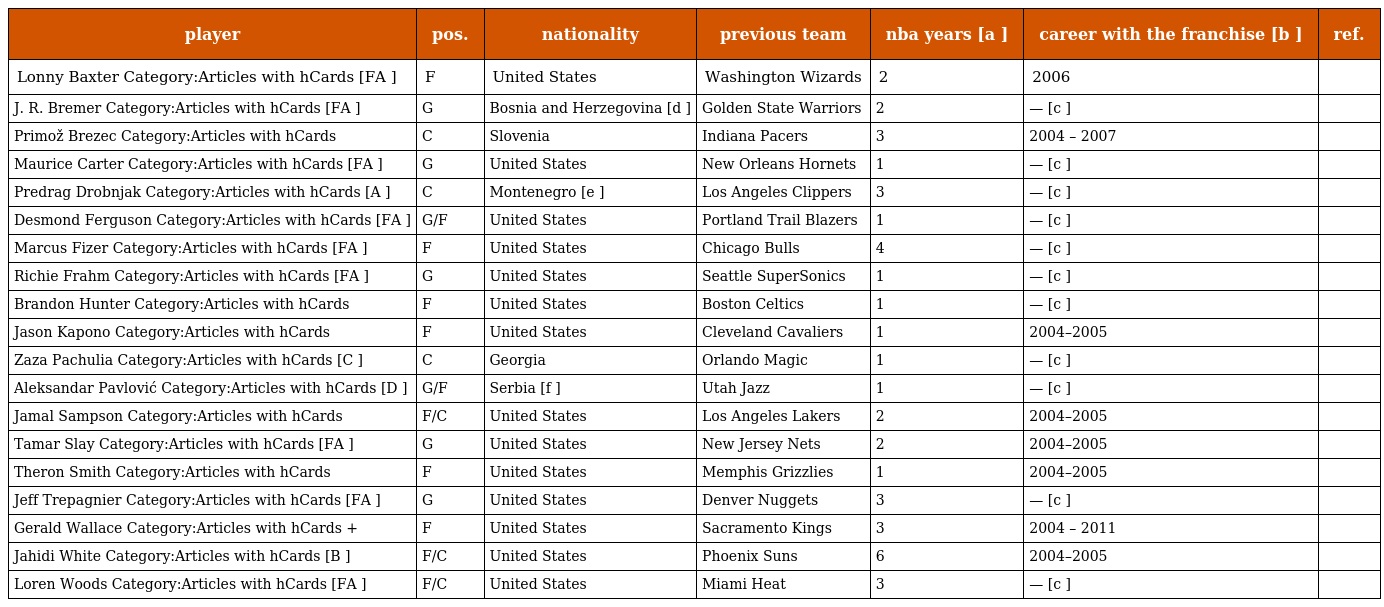
| player | pos. | nationality | previous team | nba years [a ] | career with the franchise [b ] | ref. |
 | --- | --- | --- | --- | --- | --- | --- |
 | Lonny Baxter Category:Articles with hCards [FA ] | F | United States | Washington Wizards | 2 | 2006 |  |
 | J. R. Bremer Category:Articles with hCards [FA ] | G | Bosnia and Herzegovina [d ] | Golden State Warriors | 2 | — [c ] |  |
 | Primož Brezec Category:Articles with hCards | C | Slovenia | Indiana Pacers | 3 | 2004 – 2007 |  |
 | Maurice Carter Category:Articles with hCards [FA ] | G | United States | New Orleans Hornets | 1 | — [c ] |  |
 | Predrag Drobnjak Category:Articles with hCards [A ] | C | Montenegro [e ] | Los Angeles Clippers | 3 | — [c ] |  |
 | Desmond Ferguson Category:Articles with hCards [FA ] | G/F | United States | Portland Trail Blazers | 1 | — [c ] |  |
 | Marcus Fizer Category:Articles with hCards [FA ] | F | United States | Chicago Bulls | 4 | — [c ] |  |
 | Richie Frahm Category:Articles with hCards [FA ] | G | United States | Seattle SuperSonics | 1 | — [c ] |  |
 | Brandon Hunter Category:Articles with hCards | F | United States | Boston Celtics | 1 | — [c ] |  |
 | Jason Kapono Category:Articles with hCards | F | United States | Cleveland Cavaliers | 1 | 2004–2005 |  |
 | Zaza Pachulia Category:Articles with hCards [C ] | C | Georgia | Orlando Magic | 1 | — [c ] |  |
 | Aleksandar Pavlović Category:Articles with hCards [D ] | G/F | Serbia [f ] | Utah Jazz | 1 | — [c ] |  |
 | Jamal Sampson Category:Articles with hCards | F/C | United States | Los Angeles Lakers | 2 | 2004–2005 |  |
 | Tamar Slay Category:Articles with hCards [FA ] | G | United States | New Jersey Nets | 2 | 2004–2005 |  |
 | Theron Smith Category:Articles with hCards | F | United States | Memphis Grizzlies | 1 | 2004–2005 |  |
 | Jeff Trepagnier Category:Articles with hCards [FA ] | G | United States | Denver Nuggets | 3 | — [c ] |  |
 | Gerald Wallace Category:Articles with hCards + | F | United States | Sacramento Kings | 3 | 2004 – 2011 |  |
 | Jahidi White Category:Articles with hCards [B ] | F/C | United States | Phoenix Suns | 6 | 2004–2005 |  |
 | Loren Woods Category:Articles with hCards [FA ] | F/C | United States | Miami Heat | 3 | — [c ] |  |